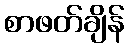
စာဖတ်ချိန်